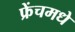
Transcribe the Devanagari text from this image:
फ्रेंचमधे